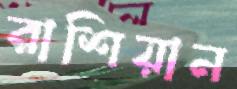
রাশিয়ান